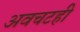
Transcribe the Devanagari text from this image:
अवचटही